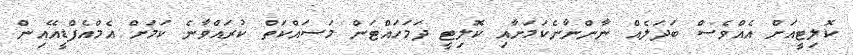
ކޮލިޓީއަށް އެއްވެސް ބަދަލެއް ނާންނާނެކަމަށާއި ކޮލިޓީ ދަމަހައްޓަން މަސައްކަތް ކުރައްވާނެ ކަމަށް އެމްއެފްޑީއޭއިން